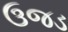
ઉજડ